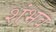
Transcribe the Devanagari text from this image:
शंभव